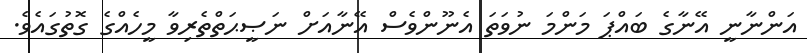
އަންނާނީ އޭނާގެ ބައްޕަ މަންމަ ނުވަތަ އެނޫންވެސް އޭނާއަށް ނަޞީޙަތްތެރިވާ މީހެއްގެ ގޮތުގައެވެ.